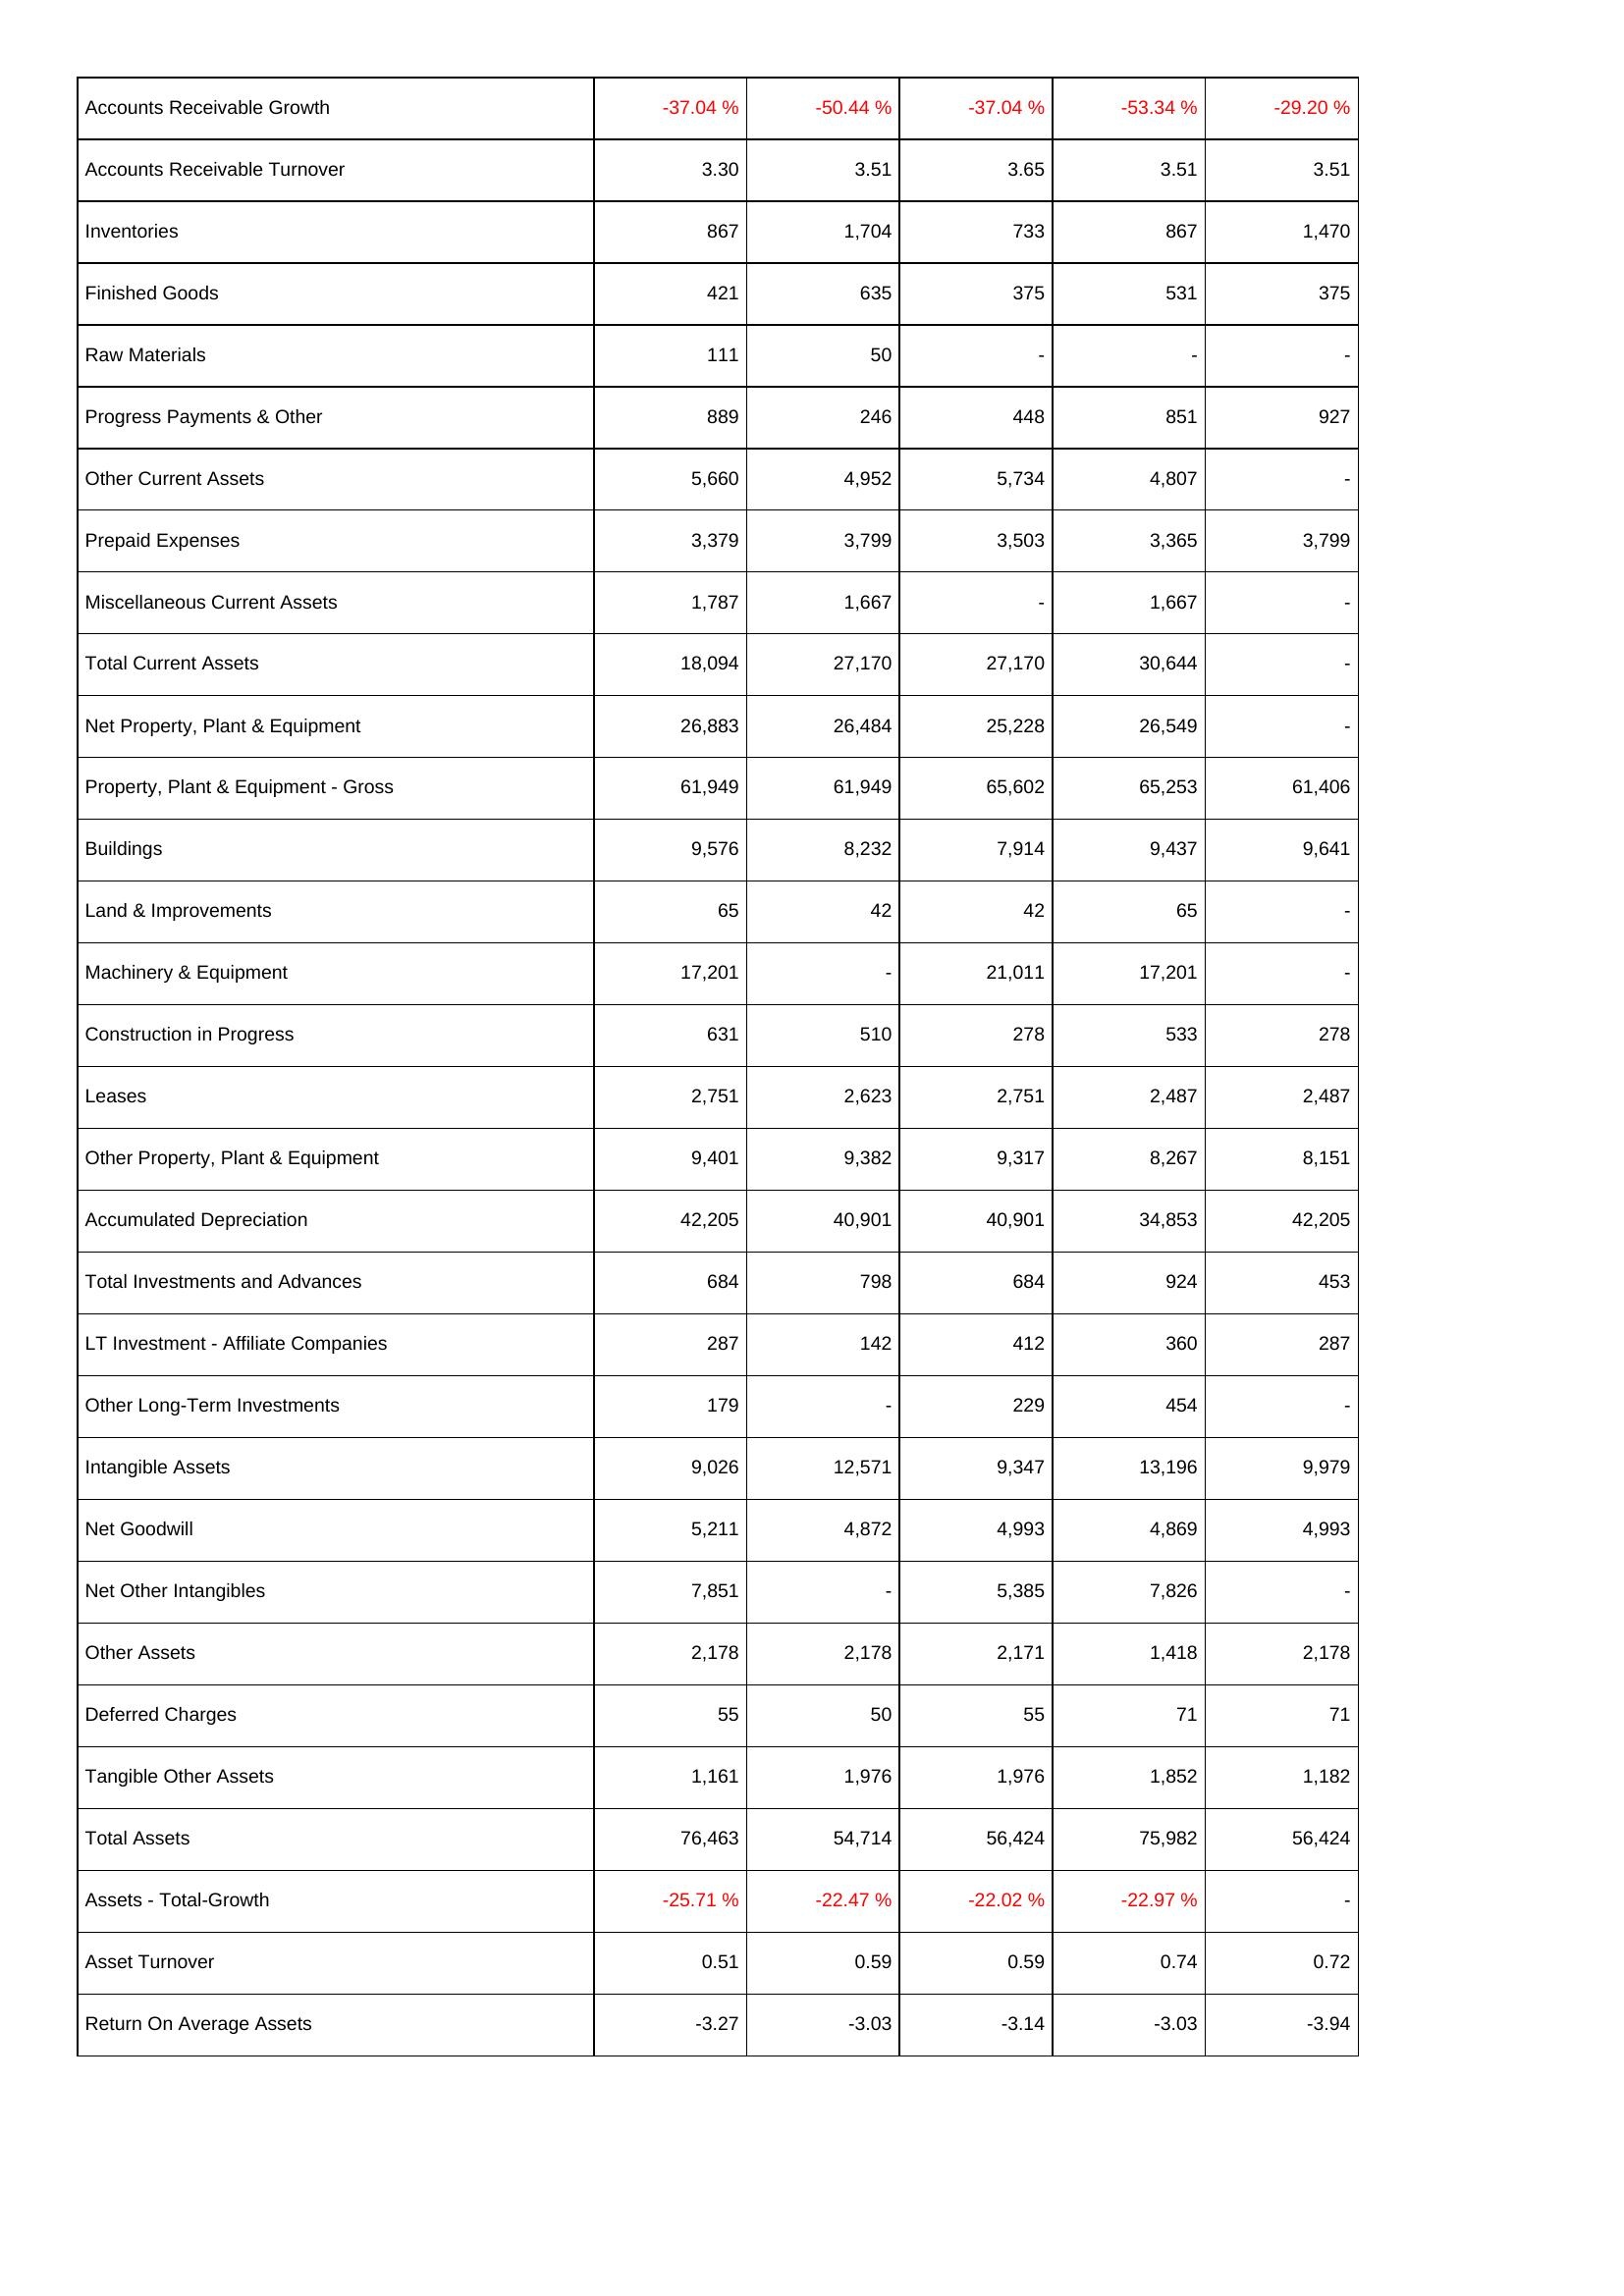
2009: Assets: Accounts Receivable Growth: -37.04 %
Accounts Receivable Turnover: 3.30
Inventories: 867
Finished Goods: 421
Raw Materials: 111
Progress Payments & Other: 889
Other Current Assets: 5,660
Prepaid Expenses: 3,379
Miscellaneous Current Assets: 1,787
Total Current Assets: 18,094
Net Property, Plant & Equipment: 26,883
Property, Plant & Equipment - Gross: 61,949
Buildings: 9,576
Land & Improvements: 65
Machinery & Equipment: 17,201
Construction in Progress: 631
Leases: 2,751
Other Property, Plant & Equipment: 9,401
Accumulated Depreciation: 42,205
Total Investments and Advances: 684
LT Investment - Affiliate Companies: 287
Other Long-Term Investments: 179
Intangible Assets: 9,026
Net Goodwill: 5,211
Net Other Intangibles: 7,851
Other Assets: 2,178
Deferred Charges: 55
Tangible Other Assets: 1,161
Total Assets: 76,463
Assets - Total-Growth: -25.71 %
Asset Turnover: 0.51
Return On Average Assets: -3.27
2010: Assets: Accounts Receivable Growth: -50.44 %
Accounts Receivable Turnover: 3.51
Inventories: 1,704
Finished Goods: 635
Raw Materials: 50
Progress Payments & Other: 246
Other Current Assets: 4,952
Prepaid Expenses: 3,799
Miscellaneous Current Assets: 1,667
Total Current Assets: 27,170
Net Property, Plant & Equipment: 26,484
Property, Plant & Equipment - Gross: 61,949
Buildings: 8,232
Land & Improvements: 42
Machinery & Equipment: -
Construction in Progress: 510
Leases: 2,623
Other Property, Plant & Equipment: 9,382
Accumulated Depreciation: 40,901
Total Investments and Advances: 798
LT Investment - Affiliate Companies: 142
Other Long-Term Investments: -
Intangible Assets: 12,571
Net Goodwill: 4,872
Net Other Intangibles: -
Other Assets: 2,178
Deferred Charges: 50
Tangible Other Assets: 1,976
Total Assets: 54,714
Assets - Total-Growth: -22.47 %
Asset Turnover: 0.59
Return On Average Assets: -3.03
2011: Assets: Accounts Receivable Growth: -37.04 %
Accounts Receivable Turnover: 3.65
Inventories: 733
Finished Goods: 375
Raw Materials: -
Progress Payments & Other: 448
Other Current Assets: 5,734
Prepaid Expenses: 3,503
Miscellaneous Current Assets: -
Total Current Assets: 27,170
Net Property, Plant & Equipment: 25,228
Property, Plant & Equipment - Gross: 65,602
Buildings: 7,914
Land & Improvements: 42
Machinery & Equipment: 21,011
Construction in Progress: 278
Leases: 2,751
Other Property, Plant & Equipment: 9,317
Accumulated Depreciation: 40,901
Total Investments and Advances: 684
LT Investment - Affiliate Companies: 412
Other Long-Term Investments: 229
Intangible Assets: 9,347
Net Goodwill: 4,993
Net Other Intangibles: 5,385
Other Assets: 2,171
Deferred Charges: 55
Tangible Other Assets: 1,976
Total Assets: 56,424
Assets - Total-Growth: -22.02 %
Asset Turnover: 0.59
Return On Average Assets: -3.14
2012: Assets: Accounts Receivable Growth: -53.34 %
Accounts Receivable Turnover: 3.51
Inventories: 867
Finished Goods: 531
Raw Materials: -
Progress Payments & Other: 851
Other Current Assets: 4,807
Prepaid Expenses: 3,365
Miscellaneous Current Assets: 1,667
Total Current Assets: 30,644
Net Property, Plant & Equipment: 26,549
Property, Plant & Equipment - Gross: 65,253
Buildings: 9,437
Land & Improvements: 65
Machinery & Equipment: 17,201
Construction in Progress: 533
Leases: 2,487
Other Property, Plant & Equipment: 8,267
Accumulated Depreciation: 34,853
Total Investments and Advances: 924
LT Investment - Affiliate Companies: 360
Other Long-Term Investments: 454
Intangible Assets: 13,196
Net Goodwill: 4,869
Net Other Intangibles: 7,826
Other Assets: 1,418
Deferred Charges: 71
Tangible Other Assets: 1,852
Total Assets: 75,982
Assets - Total-Growth: -22.97 %
Asset Turnover: 0.74
Return On Average Assets: -3.03
2013: Assets: Accounts Receivable Growth: -29.20 %
Accounts Receivable Turnover: 3.51
Inventories: 1,470
Finished Goods: 375
Raw Materials: -
Progress Payments & Other: 927
Other Current Assets: -
Prepaid Expenses: 3,799
Miscellaneous Current Assets: -
Total Current Assets: -
Net Property, Plant & Equipment: -
Property, Plant & Equipment - Gross: 61,406
Buildings: 9,641
Land & Improvements: -
Machinery & Equipment: -
Construction in Progress: 278
Leases: 2,487
Other Property, Plant & Equipment: 8,151
Accumulated Depreciation: 42,205
Total Investments and Advances: 453
LT Investment - Affiliate Companies: 287
Other Long-Term Investments: -
Intangible Assets: 9,979
Net Goodwill: 4,993
Net Other Intangibles: -
Other Assets: 2,178
Deferred Charges: 71
Tangible Other Assets: 1,182
Total Assets: 56,424
Assets - Total-Growth: -
Asset Turnover: 0.72
Return On Average Assets: -3.94